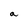
Character: a